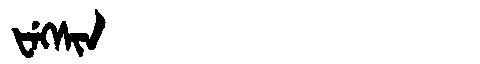
Manchu: ᡶᡝᡴᠰᡳᠨ
Romanization: FEKSIN